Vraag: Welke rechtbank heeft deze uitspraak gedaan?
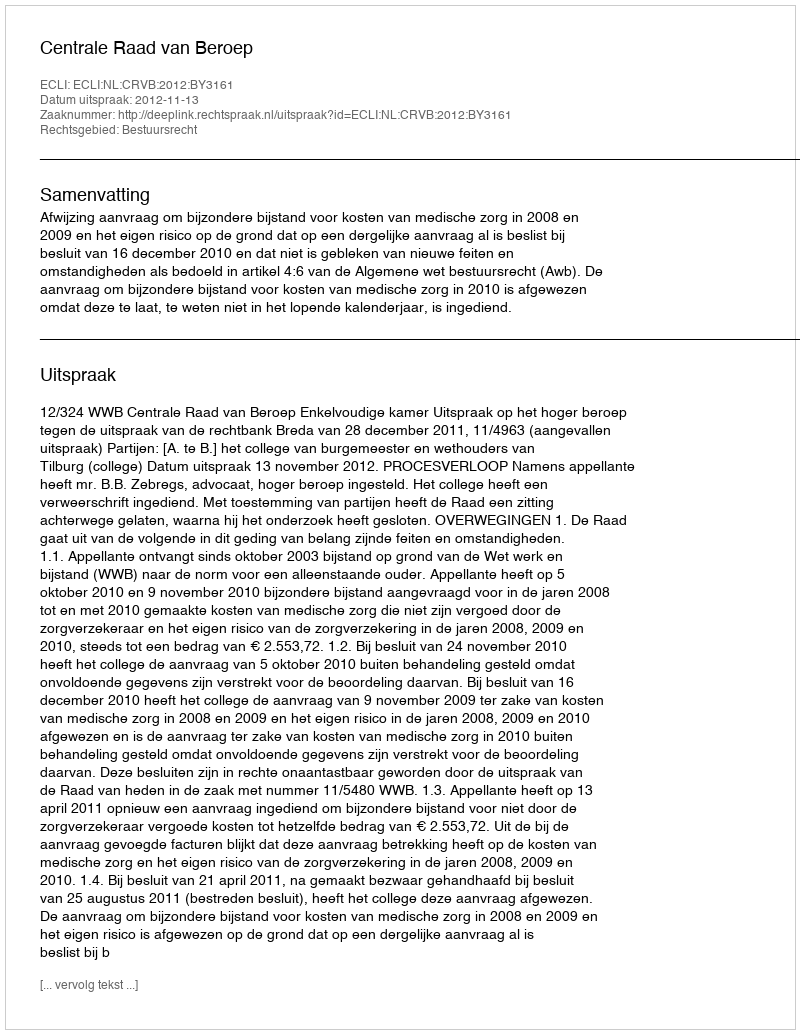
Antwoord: Centrale Raad van Beroep